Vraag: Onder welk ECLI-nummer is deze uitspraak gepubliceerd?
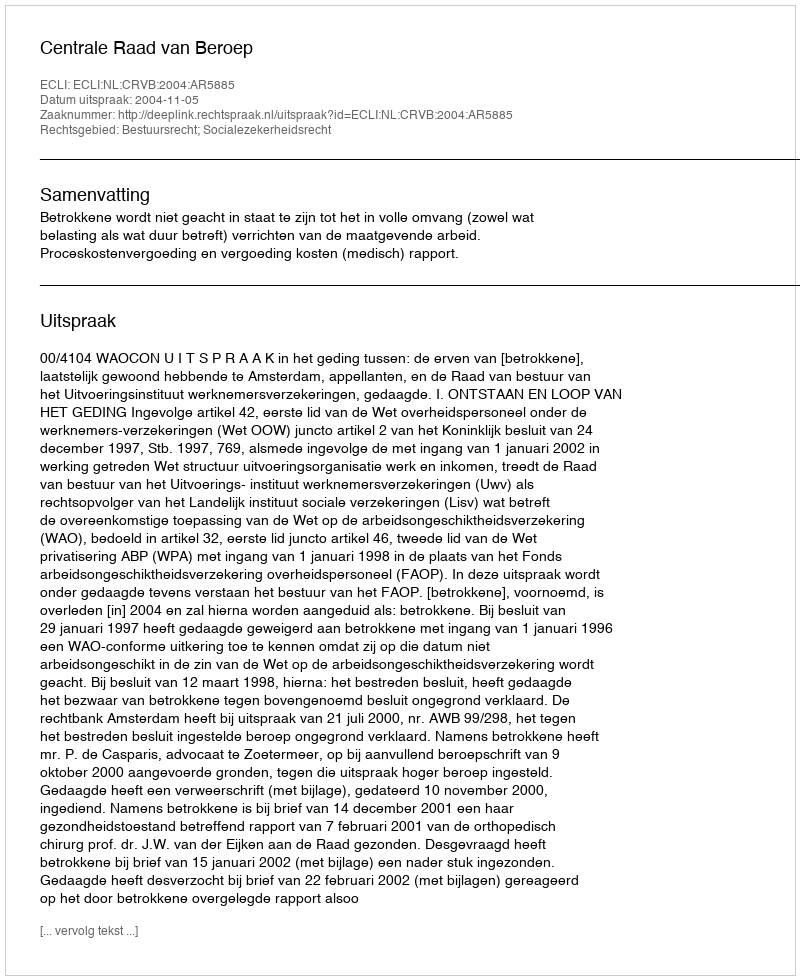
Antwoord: ECLI:NL:CRVB:2004:AR5885